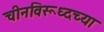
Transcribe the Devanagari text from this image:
चीनविरूध्दच्या